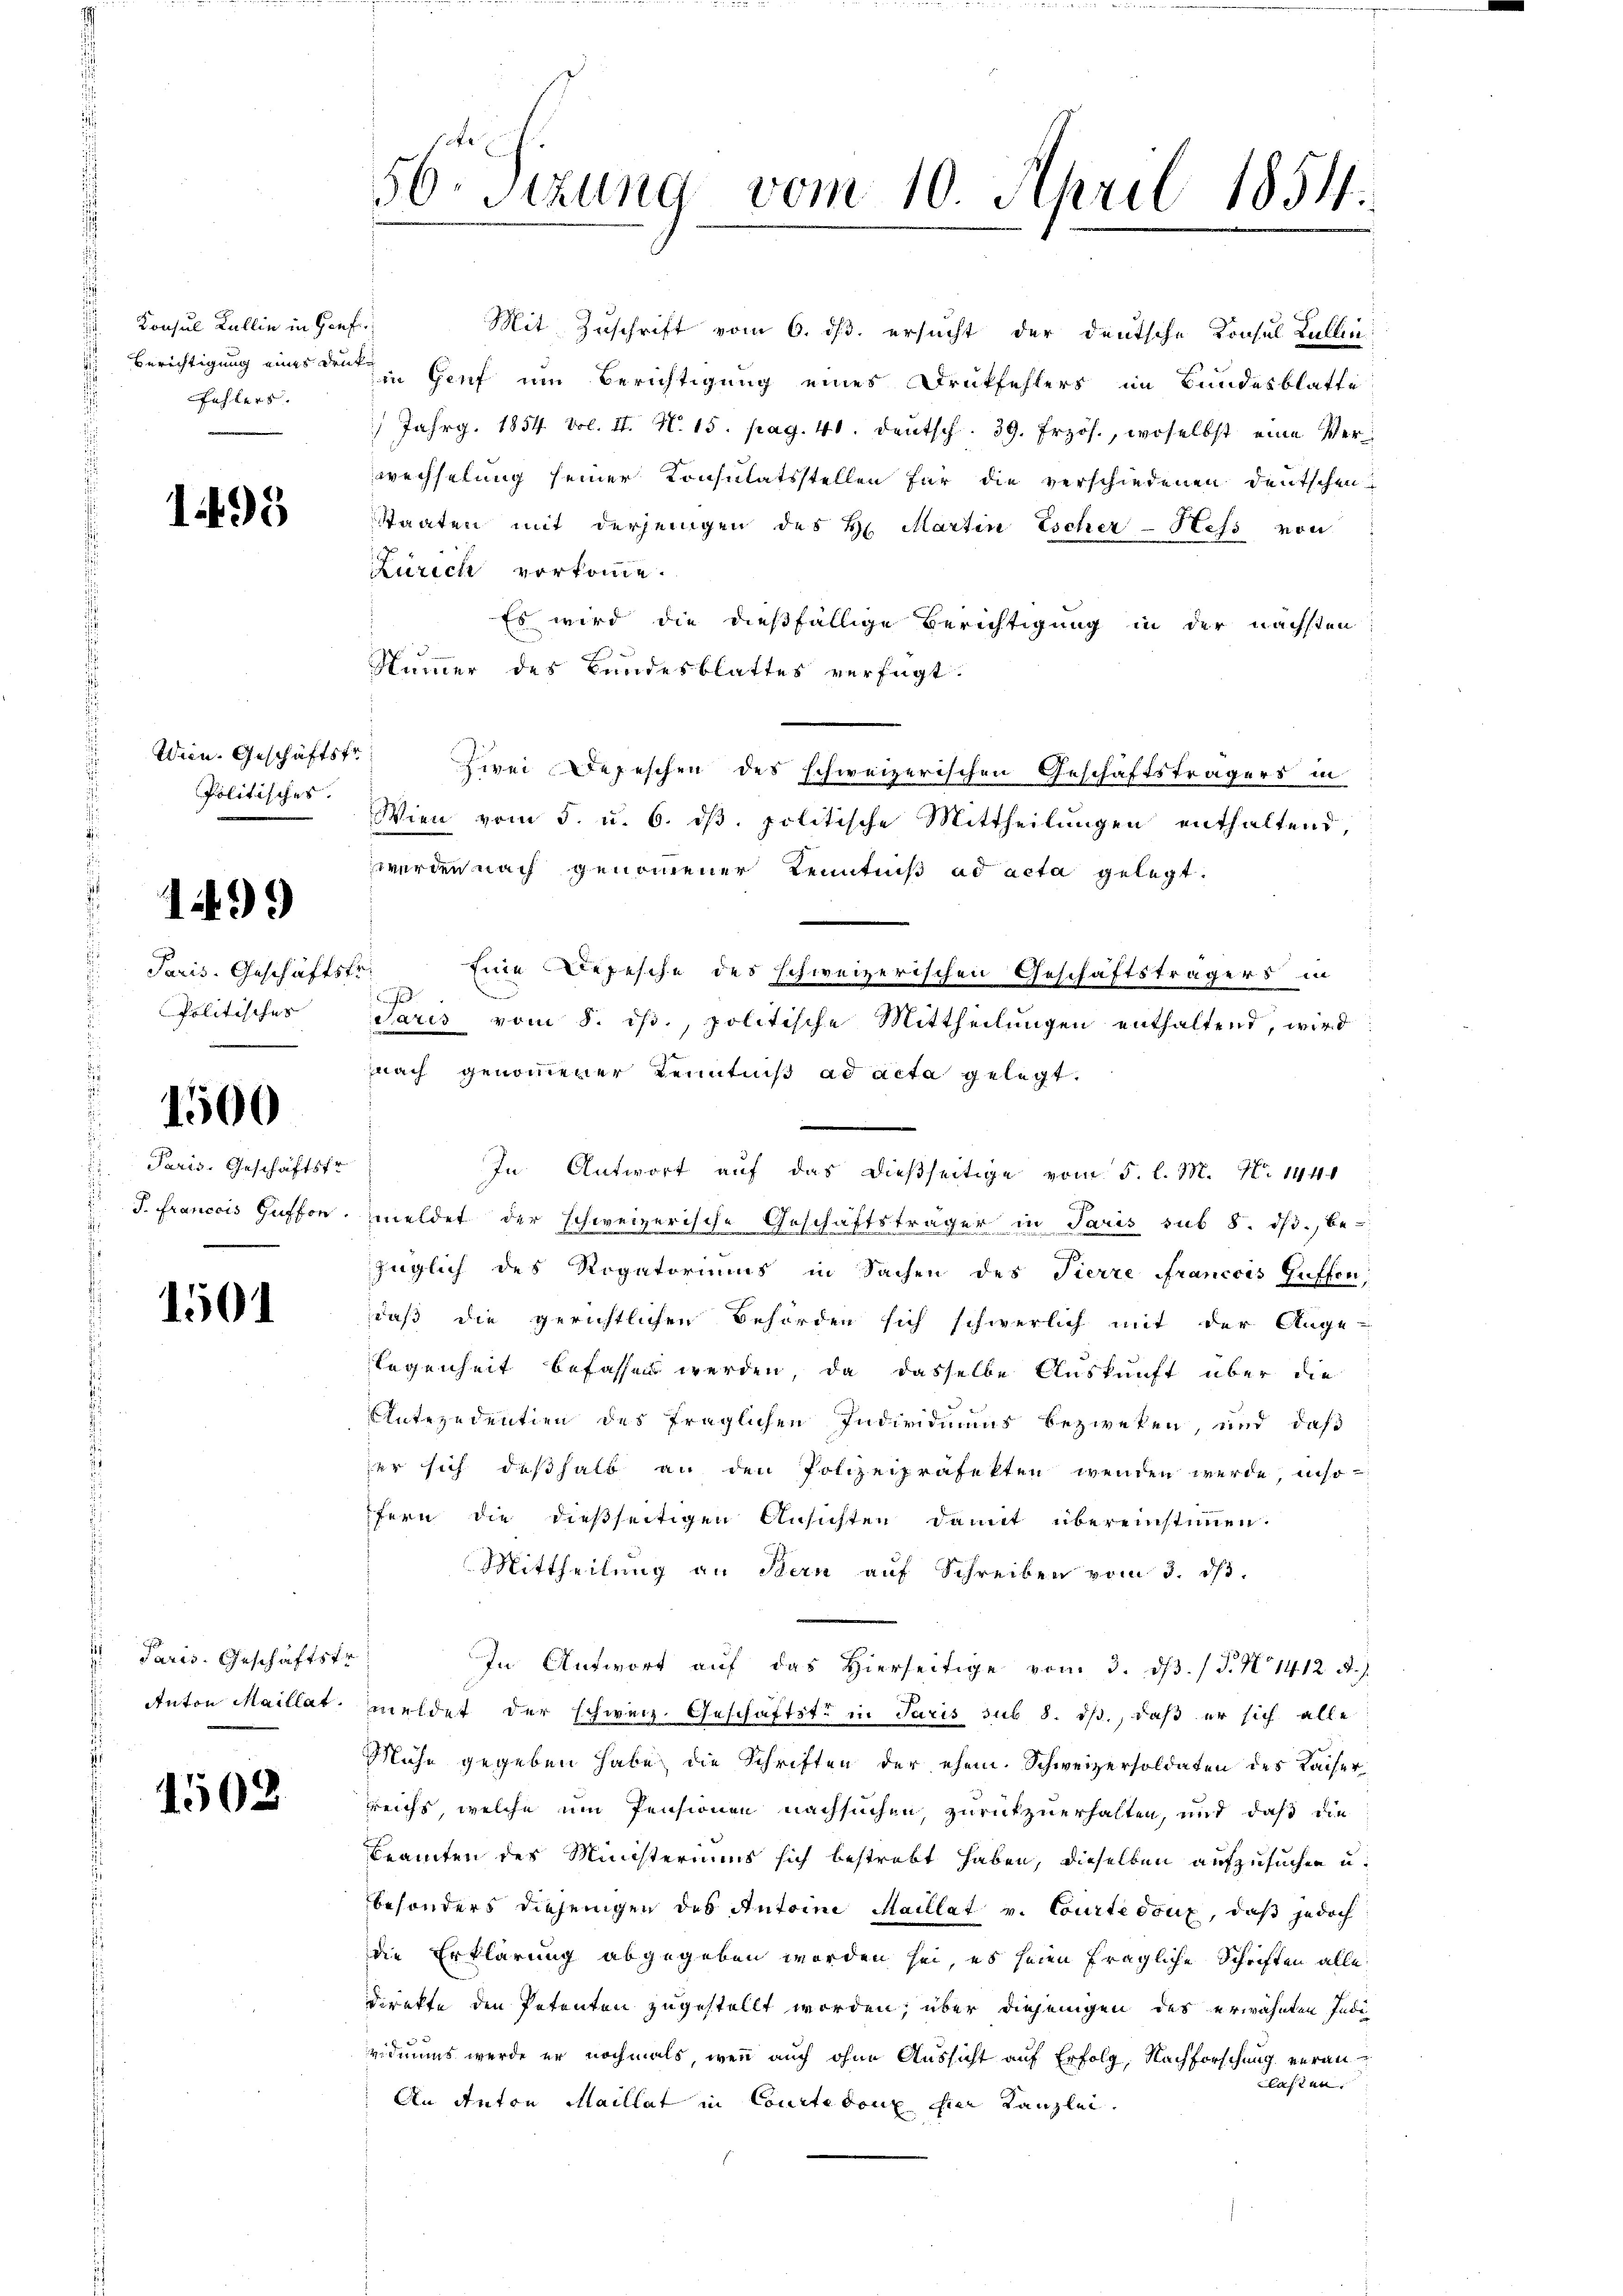
Konsul Kallin in Genfe
fehlers.

1495

Wien. Geschäftsfr
Politisches.

1499

Paris. Geschäftsfr.
Politisches

1500

Paris. Geschäftsfr.
s
.
P. Francois Guffon.
.

1501

Paris. Geschäftstr
s
Anton Maillat.

1508

56. Sitzung vom 10. April 1854.

Zürich vorkomme.
Es wird die dießfällige Berichtigung in der nächsten
Nummer des Bundesblattes verfügt:
zwei Depeschen des schweizerischen Geschäftsträgers in
Wien vom 5. u. 6. dβ. politische Mittheilungen enthaltend,
werden nach genommener Kenntniß ad acta gelegt.
Eine Depesche des schweizerischen Geschäftsträgers in
a
Saris vom 8. ist, politische Mittheilungen enthaltend, wird
nach genommener Kenntniß ad acta gelegt.
In Antwort auf das dießseitige vom 5. l. M. N. 1441
meldet der schweizerische Geschäftsträger in Paris sub 8. ds., be-
züglich des Rogatoriums in Sachen des Tierre Francois Enffon,
daß die gerichtlichen Behörden sich schwerlich mit der Ange-
legenheit befassen werden, da dasselbe Auskunft über die
Antezudentien des fraglichen Individiums bezweken, und daß
zer sich deßhalb an den Polizeipräfekten wenden werde, inso
fern die dießseitigen Ansichten damit übereinstimmen.
Mittheilung an Stern auf Schreiben vom 3. dβ.
In Antwort aŭf das hierseitige vom 3. dβ. / J. N. 1412. d. J.
meldet der schweiz. Geschäftste in Paris sub 8. ds., daß er sich alle
Mühe gegeben habe die Schriften der ehem. Schweizersoldaten des Kaiserreichs, welche um Pensionen nachsuchen, zurückzuerhalten, und daß die
Beamten des Ministeriums sich bestrebt haben, dieselben aufzusuchen u.
besonders diejenigen des Antoine Maulat v. Courte doux, daß jedoch
die Erklärung abgegeben worden sei, es seien fragliche Schriften alle
direkte den Petenten zugestellt worden, über diejenigen des erwähnten Indi
vidiums werde er nochmals, wenn auch ohne Aussicht auf Erfolg, Nachforschung veran¬
Klassen.
An Anton Maillat in Courti dont hier Kanzlei

Mit Zuschrift vom 6. ds. ersucht der deutsche Konsul Lallen
 Berichtigung eines den in Genf um Berichtigung eines Druckfehlers im Bundesblatte
 Jahrg. 1854 fol. II. N. 15. pag. 41. Deutsch. 39. Frzos., woselbst eine Verwechselung seiner Consulatsstellen für die verschiedenen Deutschen
Staaten mit derjenigen des H. Martin Escher-Hefs von